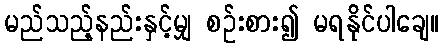
မည်သည့်နည်းနှင့်မျှ စဉ်းစား၍ မရနိုင်ပါချေ။